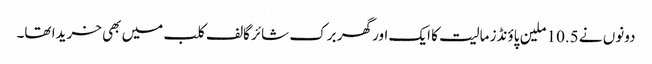
دونوں نے 10.5 ملین پاؤنڈز مالیت کا ایک اور گھر برک شائر گالف کلب میں بھی خریدا تھا۔